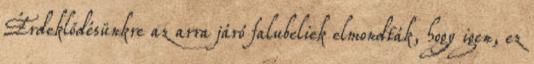
Érdeklődésünkre az arra járó falubeliek elmondták, hogy igen, ez